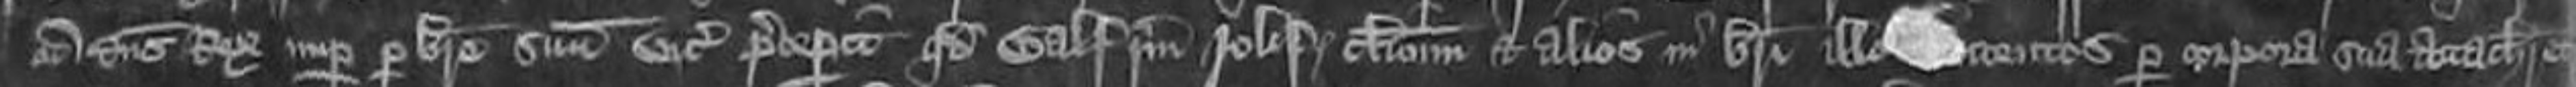
cum dominus Rex nuper per breve suum vicecomes preceperit quod Galfridum Joles clericum et alios in brevi ille contentos per corpora sua attachiaret